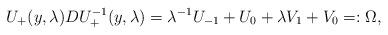
LaTeX: \begin{align*} U_{+}(y,\lambda)DU_{+}^{-1}(y,\lambda)=\lambda^{-1}U_{-1}+U_0+\lambda V_1+V_0=:\Omega,\end{align*}